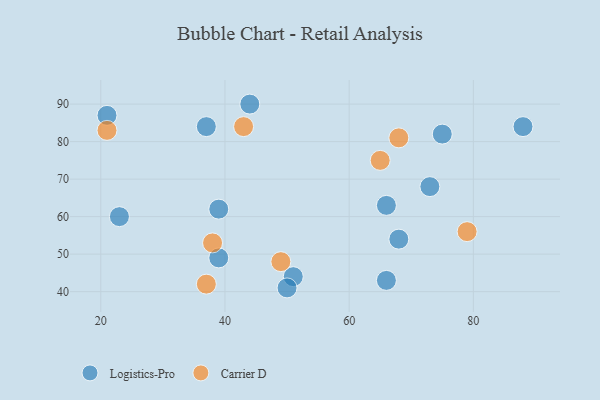
{"axis": {"x": "GDP", "y": "Life Expectancy"}, "legend": ["Carrier D", "Logistics-Pro"], "data": [{"x": "51", "y": 44, "type": "Logistics-Pro"}, {"x": "73", "y": 68, "type": "Logistics-Pro"}, {"x": "39", "y": 62, "type": "Logistics-Pro"}, {"x": "39", "y": 49, "type": "Logistics-Pro"}, {"x": "66", "y": 63, "type": "Logistics-Pro"}, {"x": "50", "y": 41, "type": "Logistics-Pro"}, {"x": "37", "y": 84, "type": "Logistics-Pro"}, {"x": "88", "y": 84, "type": "Logistics-Pro"}, {"x": "66", "y": 43, "type": "Logistics-Pro"}, {"x": "68", "y": 54, "type": "Logistics-Pro"}, {"x": "75", "y": 82, "type": "Logistics-Pro"}, {"x": "21", "y": 87, "type": "Logistics-Pro"}, {"x": "44", "y": 90, "type": "Logistics-Pro"}, {"x": "23", "y": 60, "type": "Logistics-Pro"}, {"x": "21", "y": 83, "type": "Carrier D"}, {"x": "49", "y": 48, "type": "Carrier D"}, {"x": "65", "y": 75, "type": "Carrier D"}, {"x": "68", "y": 81, "type": "Carrier D"}, {"x": "38", "y": 53, "type": "Carrier D"}, {"x": "37", "y": 42, "type": "Carrier D"}, {"x": "43", "y": 84, "type": "Carrier D"}, {"x": "79", "y": 56, "type": "Carrier D"}]}